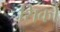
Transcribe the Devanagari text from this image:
सिर्का